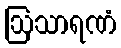
ဩသာရဏံ